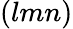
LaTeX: (lmn)